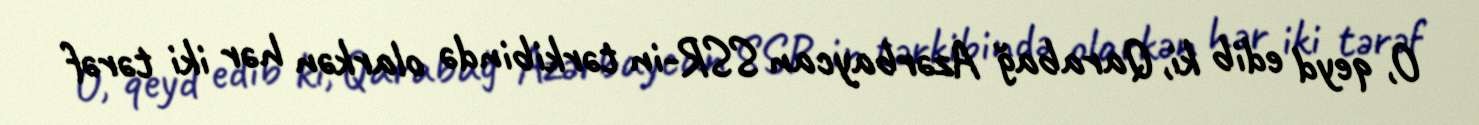
O, qeyd edib ki, Qarabağ Azərbaycan SSR-in tərkibində olarkən hər iki tərəf